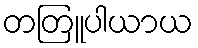
တတြူပါယာယ